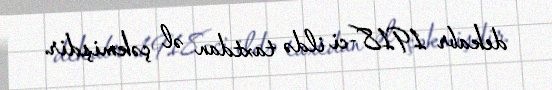
dekabr 1918-ci ildə taxtdan əl çəkmişdir.